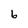
Character: 6